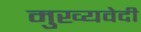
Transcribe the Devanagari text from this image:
मुख्यवेदी